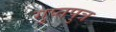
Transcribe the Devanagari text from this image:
गुप्तपुत्र